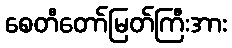
စေတီတော်မြတ်ကြီးအား